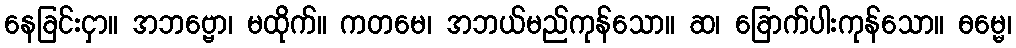
နေခြင်းငှာ။ အဘဗ္ဗော၊ မထိုက်။ ကတမေ၊ အဘယ်မည်ကုန်သော။ ဆ၊ ခြောက်ပါးကုန်သော။ ဓမ္မေ၊